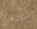
سأدمر